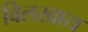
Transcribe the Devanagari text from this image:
बिलखाय